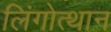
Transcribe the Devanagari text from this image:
लिंगोत्थान